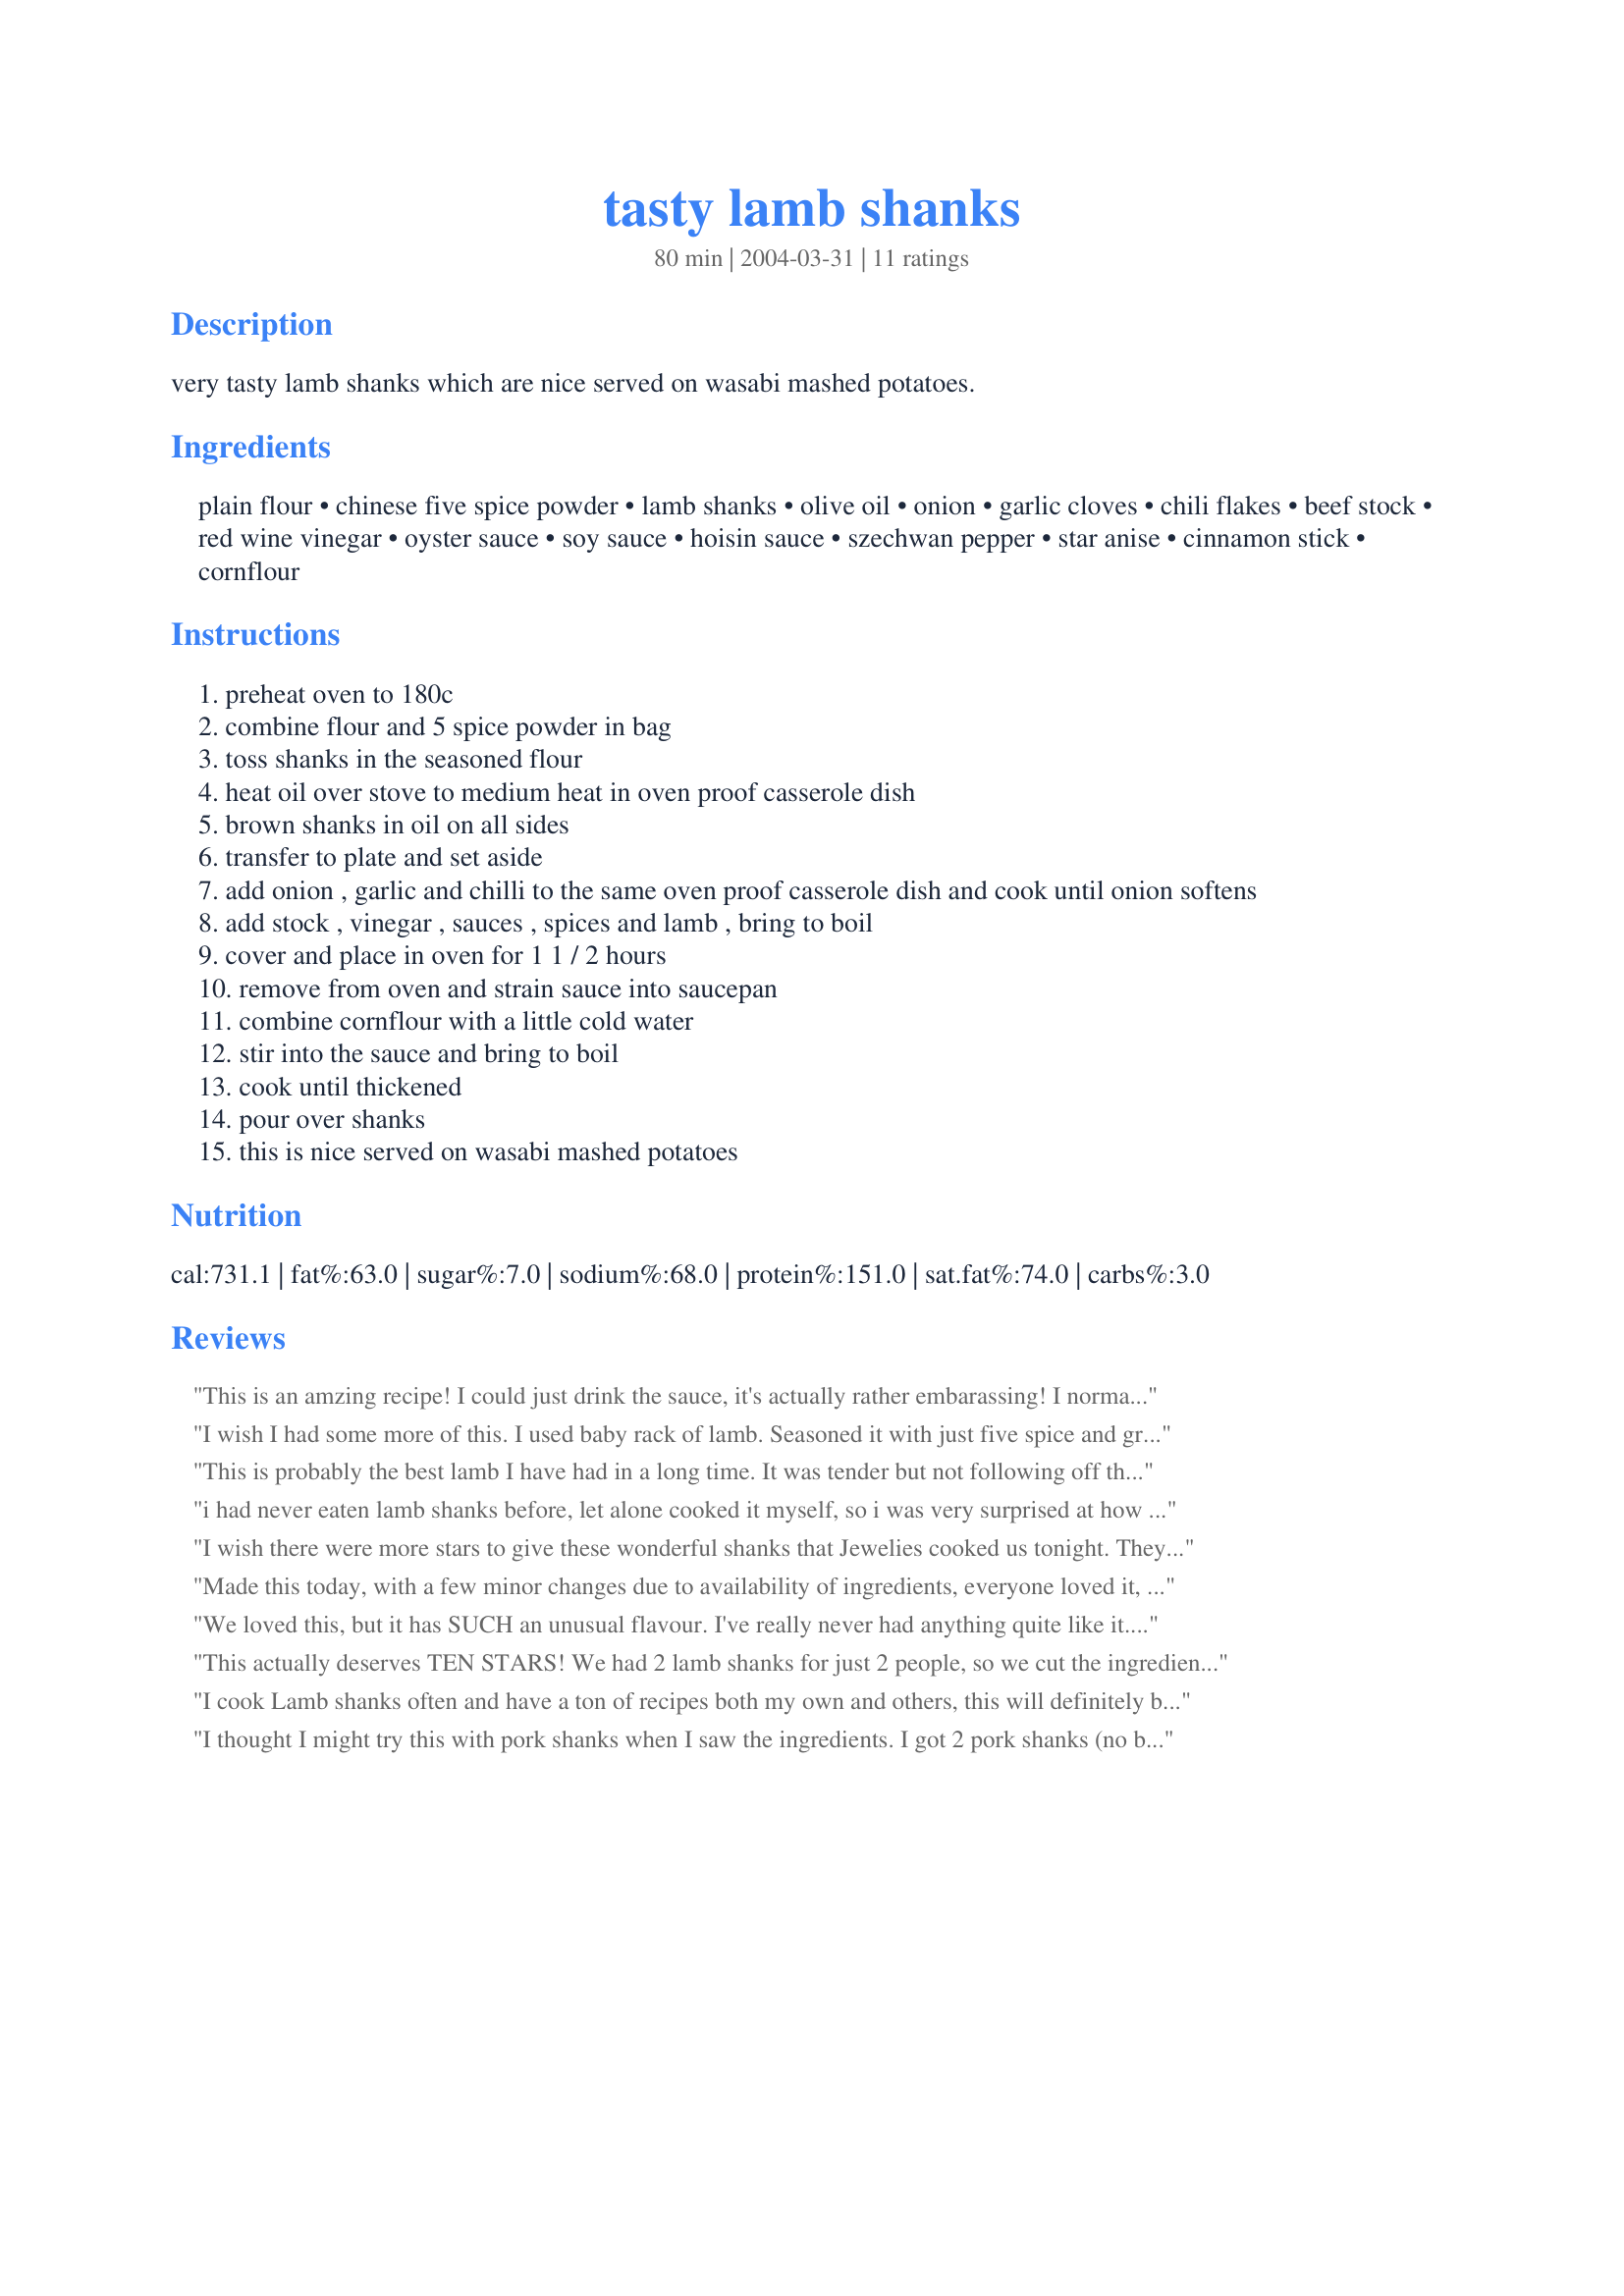
tasty lamb shanks
Preparation time: 80 minutes

very tasty lamb shanks which are nice served on wasabi mashed potatoes.

Ingredients:
plain flour, chinese five spice powder, lamb shanks, olive oil, onion, garlic cloves, chili flakes, beef stock, red wine vinegar, oyster sauce, soy sauce, hoisin sauce, szechwan pepper, star anise, cinnamon stick, cornflour

Steps:
preheat oven to 180c
combine flour and 5 spice powder in bag
toss shanks in the seasoned flour
heat oil over stove to medium heat in oven proof casserole dish
brown shanks in oil on all sides
transfer to plate and set aside
add onion , garlic and chilli to the same oven proof casserole dish and cook until onion softens
add stock , vinegar , sauces , spices and lamb , bring to boil
cover and place in oven for 1 1 / 2 hours
remove from oven and strain sauce into saucepan
combine cornflour with a little cold water
stir into the sauce and bring to boil
cook until thickened
pour over shanks
this is nice served on wasabi mashed potatoes

Reviews:
This is an amzing recipe! I could just drink the sauce, it's actually rather embarassing! I normally don't like shanks at all, but made these for us and some friends who love them and everyone thought they were great. We all ended up gnawing on the shanks Henry the Eighth style, very classy and sophisticated. Served with yummy wasabi mashed potatoes and some corn on the cob - thanks for a great Sunday dinner!
I wish I had some more of this. I used baby rack of lamb. Seasoned it with just five spice and grilled it. I skipped #9-11. Then added the ribs to the sauce and put it in the oven for 10 minutes.I also sliced portabella mushrooms along with the onions. Great recipe.
This is probably the best lamb I have had in a long time. It was tender but not following off the bone tender. There is a nice blending of flavors. I served it with steamed short grain brown rice and sliced fresh tomatoes. Thank you for sharing this pleasing recipe.
i had never eaten lamb shanks before, let alone cooked it myself, so i was very surprised at how easy this recipe was. The sauce was delicious, flatmates loved it - said it was the best sauce they have ever had! And the wasabi mashed spuds were really nice as well
I wish there were more stars to give these wonderful shanks that Jewelies cooked us tonight. They are an amazing blend of Asian flavours and Jules cooked them perfectly-until they fell off the bones. We ate them with wasabi mashed potatoes and braised bok choy-a fantastic farewell dinner.
Made this today, with a few minor changes due to availability of ingredients, everyone loved it, will certainly make again, thanks a lot for posting.
We loved this, but it has SUCH an unusual flavour. I've really never had anything quite like it. It's very savoury, unlike a Thai curry, which is slightly sweet, but it's aromatic like a Thai curry. The flavour is beautifully rich and complex and the lamb was the tenderest I've ever eaten. I made it almost exactly as written except I used 1 teaspoon sambal oelek instead of chilli flakes, and, as I couldn't get whole star anise, I used 1/2 teaspoon of the powdered variety. I also found I needed 4 teaspoons of cornflour to thicken the sauce. I added one small step. After I poured removed the shanks and poured the sauce into a pan for thickening, there was a bit too much oil floating on top. So, I wadded up some paper towel and soaked up the excess oil before continuing. I served the shanks with mashed potatoes and a steamed green vegetable and it was just heavenly. Four big shanks, cut in half, made plenty for eight serves for us. Thanks Jewelies. Another good one!
This actually deserves TEN STARS! We had 2 lamb shanks for just 2 people, so we cut the ingredients in half. Since neither can eat hot stuff anymore, we omitted the chili flakes and szechwan pepper. This is a fantabulous recipe. The meat was very tender and the sauce is to die for. After we finished, we both took more mashed potatoes so that we could finish off the sauce. Thanks so much for posting... Alan Leonetti (leonetti00@aol.com)
I cook Lamb shanks often and have a ton of recipes both my own and others, this will definitely be going into my top recipes for ways to cook shanks. My hubby came out of his office, to ask "what is that wonderful smell." " What I'm hoping will be a wonderful dinner." Well it was wonderful, shanks came out juicy and tender, with so much flavour. The sauce was outstanding, all the ingredients go together so well and create such yummy flavours. I served mine with braised bok choy and wasabi mashed potato, as jan had said you served yours, great combination and one I will be making over and over. Thanks for sharing Jewelies
I thought I might try this with pork shanks when I saw the ingredients. I got 2 pork shanks (no bone) that weighed 500g each. I then followed the recipe almost exactly except for using less chili and cooking it slightly longer. The shanks were incredibly tender and tasty and fragrant. I served them on jasmine rice with chinese steamed vegetables. We had about 2 serves left over and a lot of sauce. This will be a standard winter dish for our family.
Very, very tasty lamb shanks, indeed! If this recipe is any indication of the food you serve at home -- can I come and live at your house? We all loved this divine dish. So easy to make and so delicious to eat. Our only change was to use 4 teaspoons of cornflour (cornstarch) to thicken the sauce. True comfort food. Thanks.
